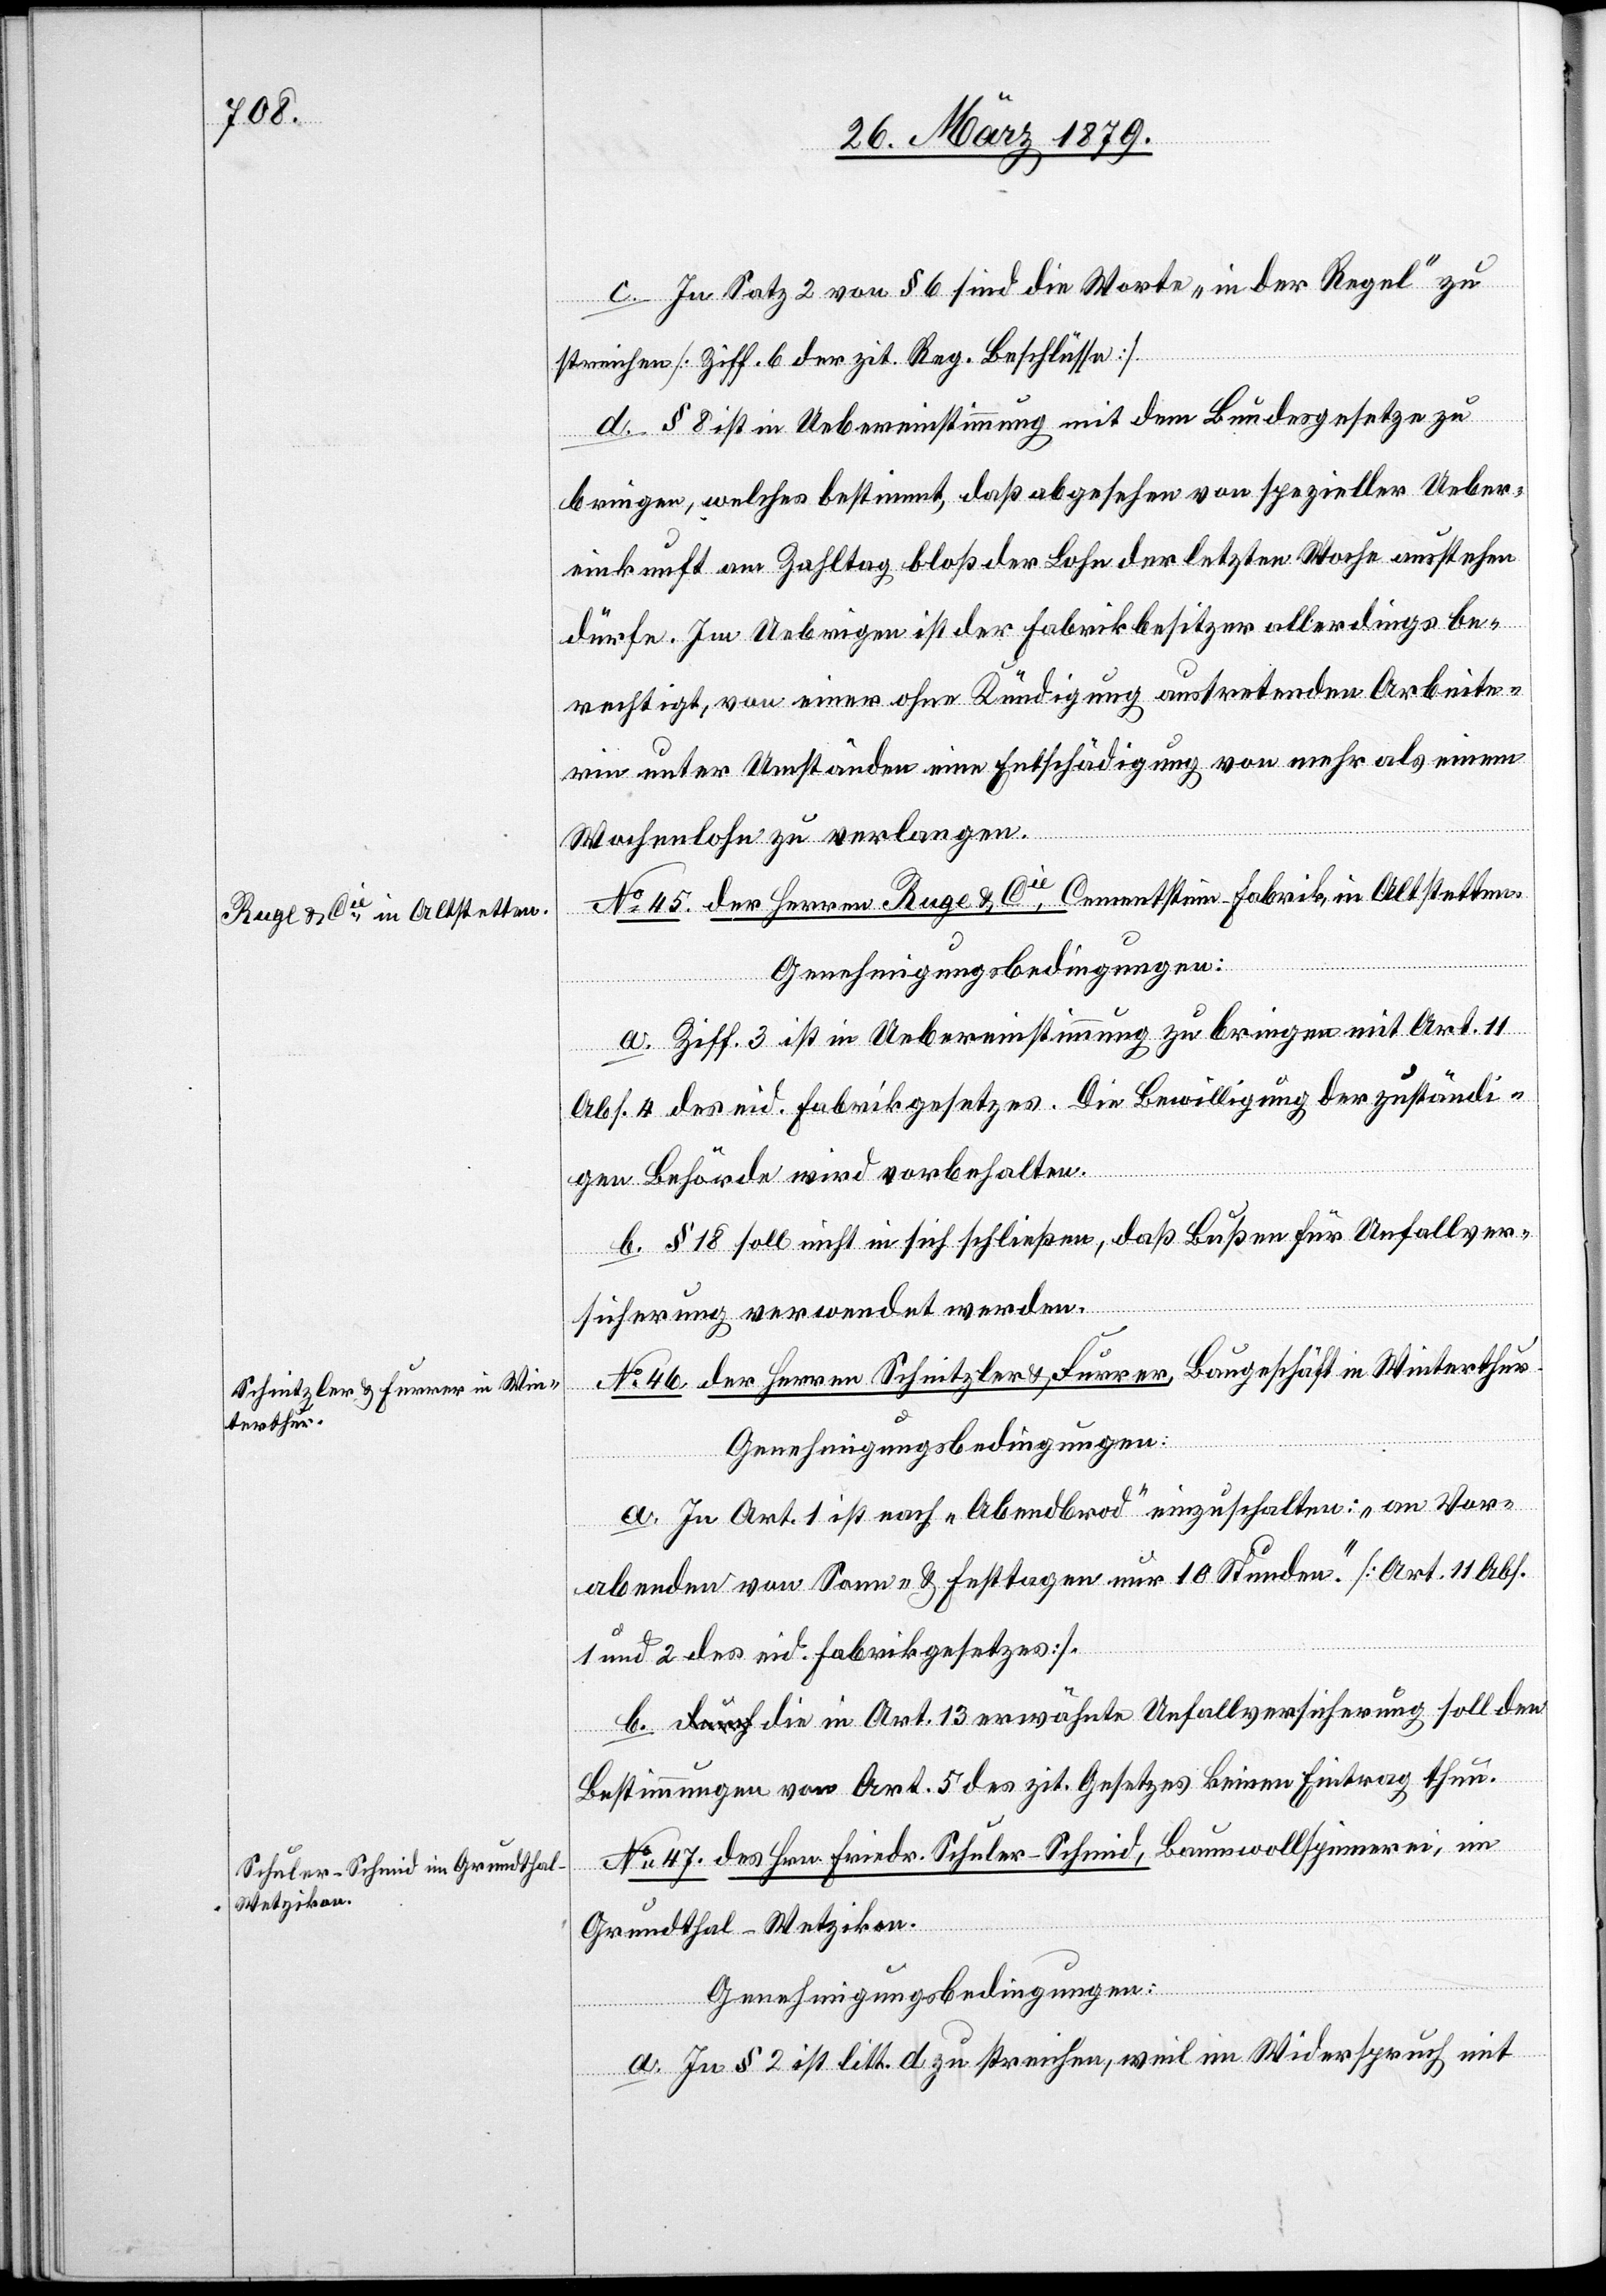
c. In Satz 2 von § 6 sind die Worte „in der Regel“ zu
streichen [Ziff. 6 der zit. Reg. Beschlüsse].
d. § 8 ist in Uebereinstimmung mit dem Bundesgesetze zu
bringen, welches bestimmt, daß abgesehen von spezieller Ueber¬
einkunft am Zahltag bloß der Lohn der letzten Woche ausstehen
dürfe. Im Uebrigen ist der Fabrikbesitzer allerdings be¬
rechtigt, von einer ohne Kündigung austretenden Arbeite¬
rin unter Umständen eine Entschädigung von mehr als einem
Wochenlohn zu verlangen.
No 46. der Herren Ruge & Cie, Cementstein-Fabrik in Altstetten.
Genehmigungsbedingungen:
a. Ziff. 3 ist in Uebereinstimmung zu bringen mit Art. 11
Abs. 4 des eid. Fabrikgesetzes. Die Bewilligung der zuständi¬
gen Behörde wird vorbehalten.
b. § 18 soll nicht in sich schließen, daß Bußen für Unfallver¬
sicherung verwendet werden.
No 46. der Herren Schnitzler & Furrer, Baugeschäft in Winterthur.
Genehmigungsbedingungen:
a. In Art. 1 ist nach „Abendbrod“ einzuschalten: „an Vor¬
abenden von Sonn- & Festtagen nur 10 Stunden.“ [Art. 11 Abs.
1 und 2 des eid. Fabrikgesetzes].
b. Die in Art. 13 erwähnte Unfallversicherung soll den
Bestimmungen von Art. 5 des zit. Gesetzes keinen Eintrag thun.
No 47. des Hrn. Friedr. Schuler-Schmid, Baumwollspinnerei, im
Grundthal - Wetzikon.
Genehmigungsbedingungen:
a. In § 2 ist litt. d zu streichen, weil im Widerspruch mit